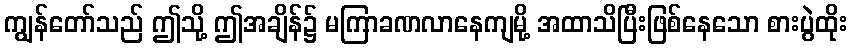
ကျွန်တော်သည် ဤသို့ ဤအချိန်၌ မကြာခဏလာနေကျမို့ အထာသိပြီးဖြစ်နေသော စားပွဲထိုး